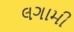
લગામી